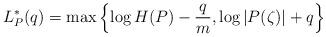
LaTeX: \begin{align*} L_{P}^{\ast}(q)= \max \left\{ \log H(P)-\frac{q}{m}, \log \vert P(\zeta)\vert+q \right\}\end{align*}